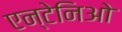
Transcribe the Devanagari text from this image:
एन्टेनिओ